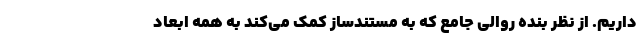
داریم. از نظر بنده روالی جامع که به مستندساز کمک می‌کند به همه ابعاد